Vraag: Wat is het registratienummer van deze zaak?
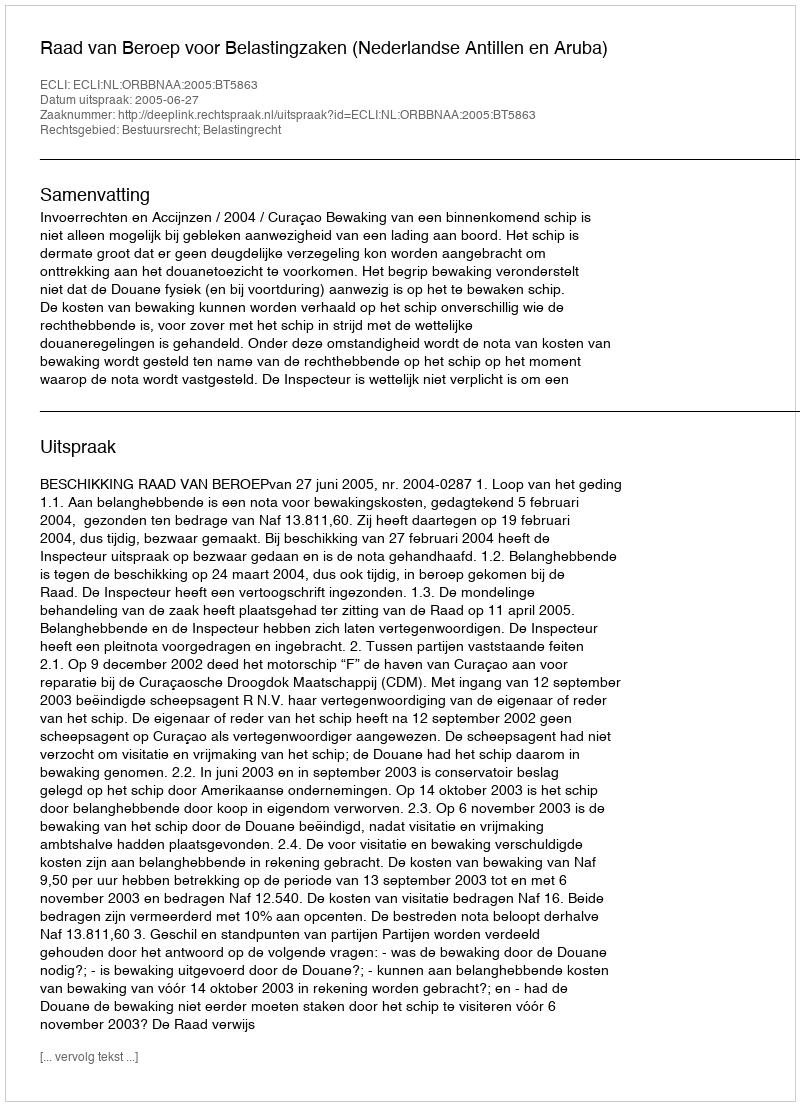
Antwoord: http://deeplink.rechtspraak.nl/uitspraak?id=ECLI:NL:ORBBNAA:2005:BT5863